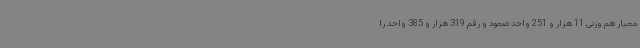
معیار هم وزنی 11 هزار و 251 واحد صعود و رقم 319 هزار و 385 واحد را